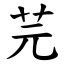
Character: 芫